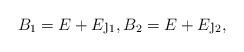
LaTeX: \begin{align*}B_1 = E+ E\j_1, B_2 = E+ E\j_2,\end{align*}